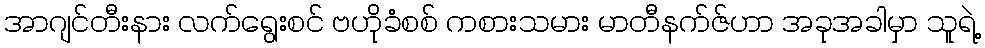
အာဂျင်တီးနား လက်ရွေးစင် ဗဟိုခံစစ် ကစားသမား မာတီနက်ဇ်ဟာ အခုအခါမှာ သူရဲ့